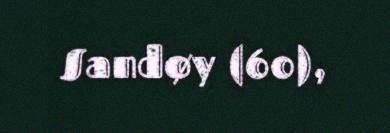
Sandøy (60),